Vaccine operations Central Provinces 1868-1885 - 1868-1885
Year: 1868
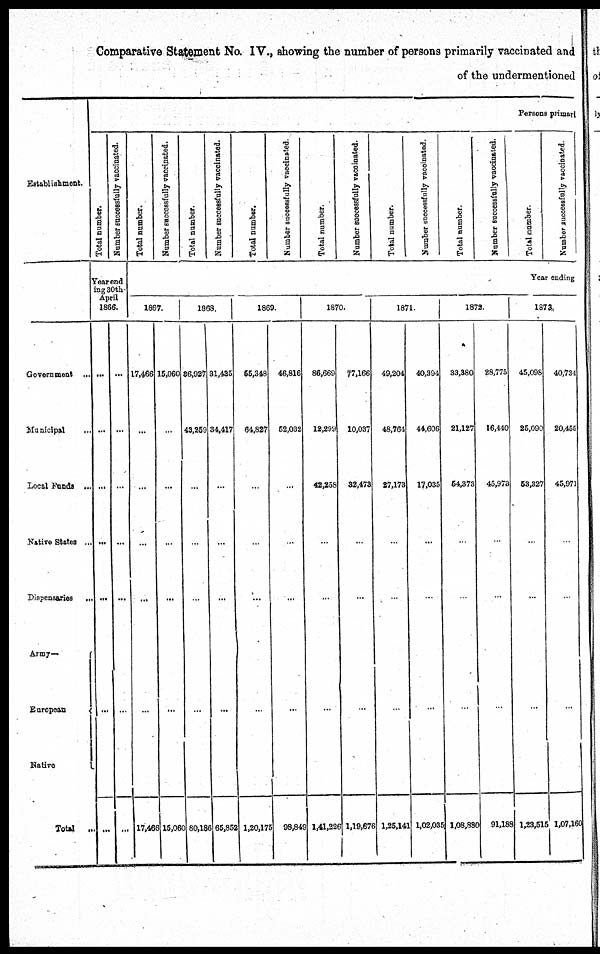
Comparative Statement No. IV., showing the number of persons primarily vaccinated and
of the undermentioned
Establishment.
Government ...
Municipal
...
Local Funds ...
Native States ...
Dispensaries ...
Army—
European
Native
Total ...
Persons primary
Total number.
Number successfully vaccinated.
Year end¬
ing30th¬
April
1866.
...
...
...
...
...
...
...
...
...
...
...
...
...
...
Total number.
Number successfully vaccinated.
Total number.
Number successfully vaccinated.
Total number.
Number successfully vaccinated.
Total number.
Number successfully vaccinated.
Total number.
Number successfully vaccinated.
Total number.
Number successfully vaccinated.
Total number.
Number successfully vaccinated.
Year ending
1867.
17,466
...
...
...
...
...
17,466
15,060
...
...
...
...
...
15,060
1868.
36,927
43,259
...
...
...
...
80,186
31,435
34,417
...
...
...
...
65,852
1869.
55,348
64,827
...
...
...
...
1,20,175
46,816
52,032
...
...
...
...
98,849
1870.
86,669
12,299
42,258
...
...
...
1,41,226
77,166
10,037
32,473
...
...
...
1,19,676
1871.
49,204
48,764
27,173
...
...
...
1,25,141
40,394
44,606
17,035
...
...
...
1,02,035
1872.
33,380
21,127
54,373
...
...
...
1,08,830
28,775
16,440
45,973
...
...
...
91,188
1873.
45,098
25,090
53,327
...
...
...
1,23,515
40,734
20,455
45,971
...
...
...
1,07,160